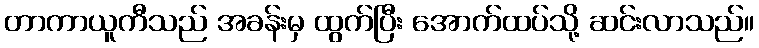
တာကာယူကီသည် အခန်းမှ ထွက်ပြီး အောက်ထပ်သို့ ဆင်းလာသည်။